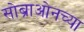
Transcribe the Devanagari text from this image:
सोब्राओनच्या